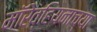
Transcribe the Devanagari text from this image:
मॉरेव्हियनाच्या